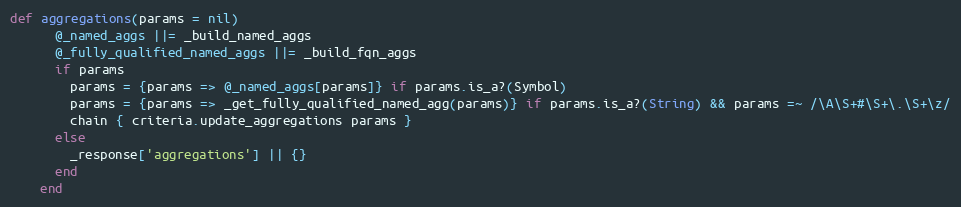
Language: Ruby
def aggregations(params = nil)
      @_named_aggs ||= _build_named_aggs
      @_fully_qualified_named_aggs ||= _build_fqn_aggs
      if params
        params = {params => @_named_aggs[params]} if params.is_a?(Symbol)
        params = {params => _get_fully_qualified_named_agg(params)} if params.is_a?(String) && params =~ /\A\S+#\S+\.\S+\z/
        chain { criteria.update_aggregations params }
      else
        _response['aggregations'] || {}
      end
    end